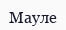
Мауле